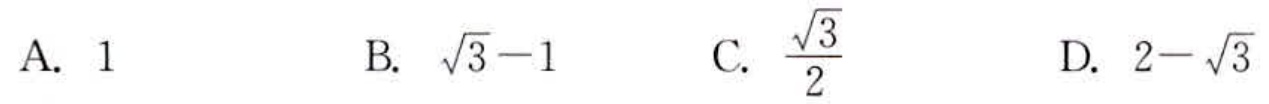
A. \(1\)
B. \(\sqrt{3}-1\)
C. \(\frac{\sqrt{3}}{2}\)
D. \(2 - \sqrt{3}\)